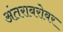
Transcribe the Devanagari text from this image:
अंतराबरोबर